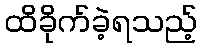
ထိခိုက်ခဲ့ရသည့်